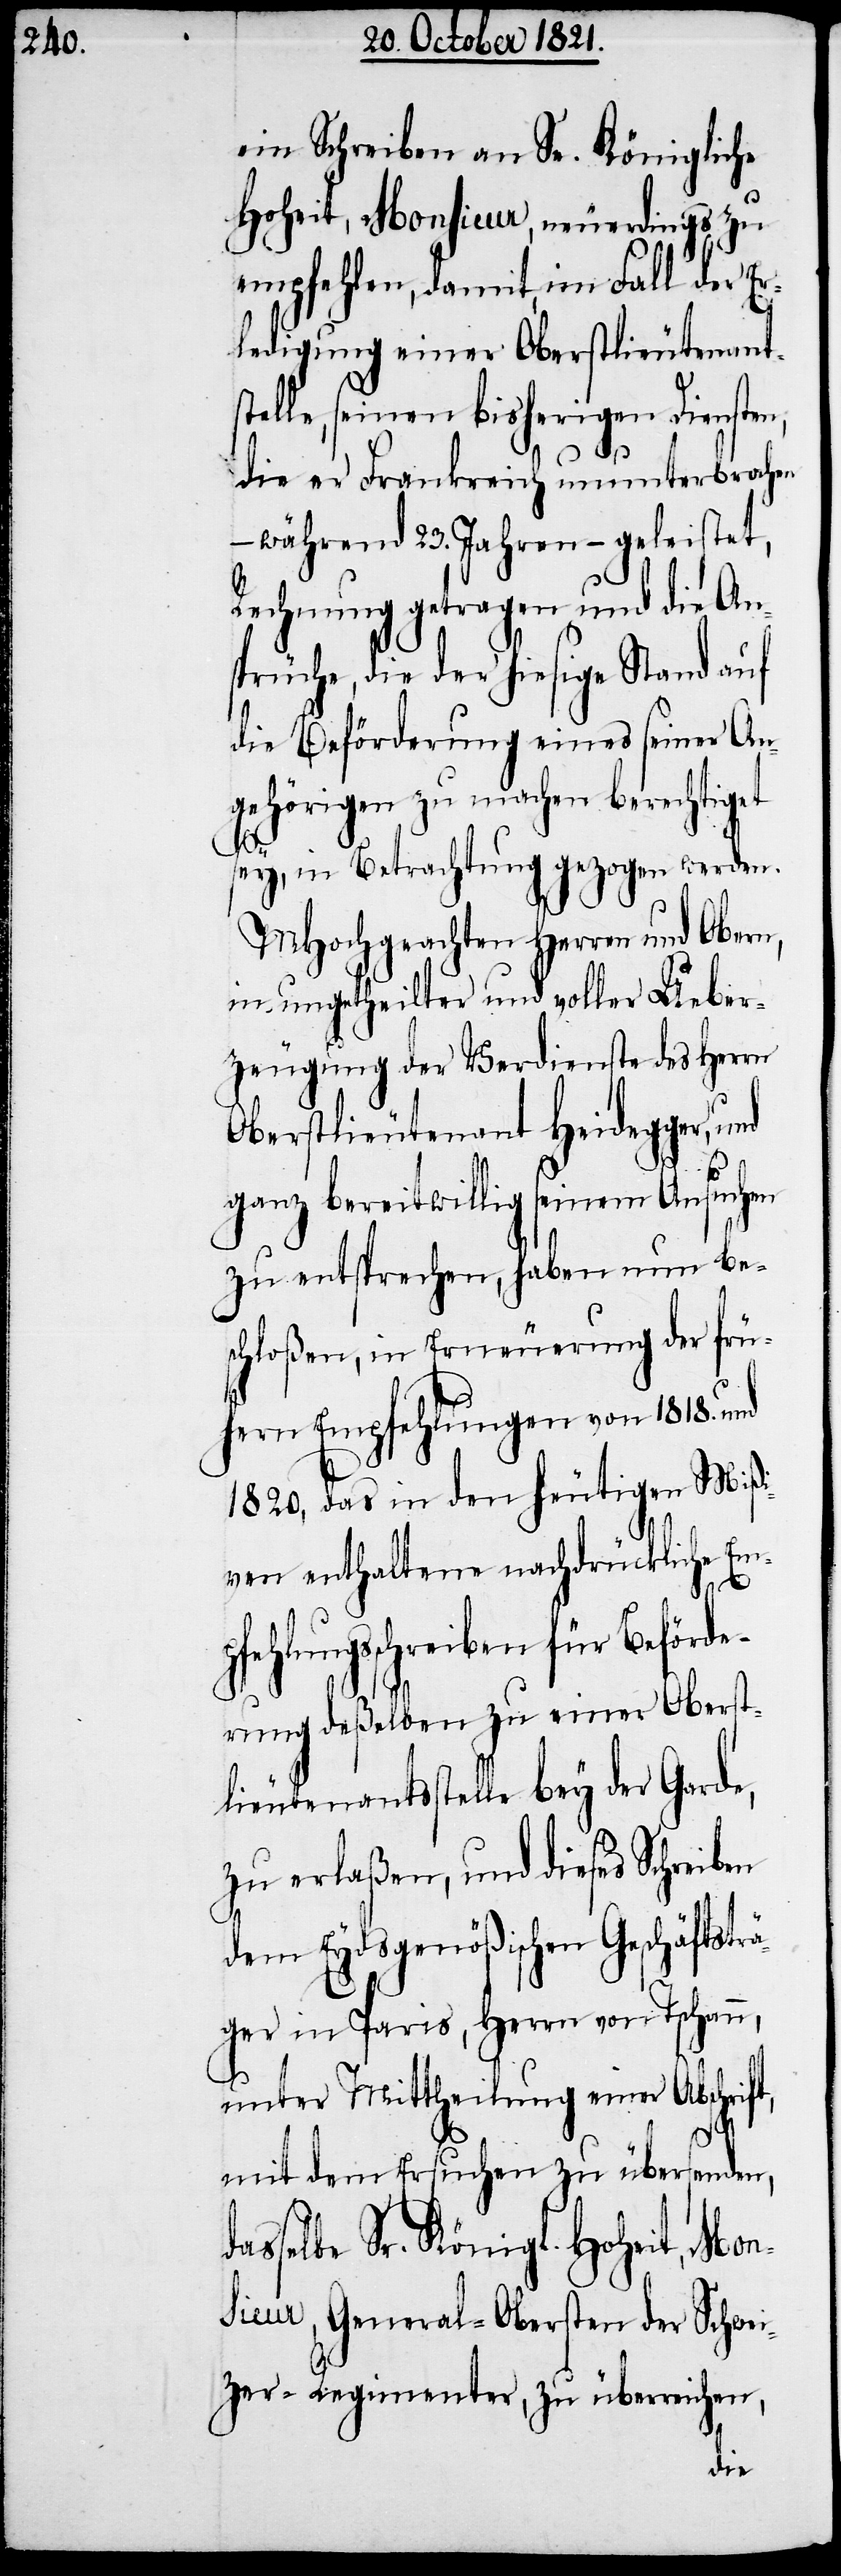
ein Schreiben an Se. Königliche
Hoheit, Monsieur, neuerdings zu
empfehlen, damit, im Fall der Er¬
ledigung einer Oberstlieutenantst¬
elle, seinen bisherigen Diensten,
die er Frankreich ununterbrochen
während 23. Jahren – geleistet,
Rechnung getragen und die An¬
sprüche, die der hiesige Stand auf
die Beförderung eines seiner An¬
gehörigen zu machen berechtiget
ft,
sey, in Betrachtung gezogen werden.
MHochgeachten Herren und Obern,
in ungetheilter und voller Ueber¬
zeugung der Verdienste des Herrn
Oberstlieutenant Heidegger,
ganz bereitwillig seinem Ansuchen
zu entsprechen, haben be¬
schloßen, in Erneuerung der frü¬
heren Empfehlungen von 1818. und
1820, das in den heutigen Mißi¬
ven enthaltene nachdrückliche Emp¬
da¬
hlungsschreiben zu einer
lieutenantsstelle bey der Garde,
zu erlaßen, und dieses Schreiben
dem Eydsgenößischen Geschäftstr¬
äger in Paris, Herrn von Tschann,
unter Mittheilung einer Abschri¬
mit dem Ersuchen zu übersenden,
sselbe Sr. Königl. Hoheit, Mon¬
sieur, General-Obersten der Schwei¬
zer-Regimenter, zu überreichen,